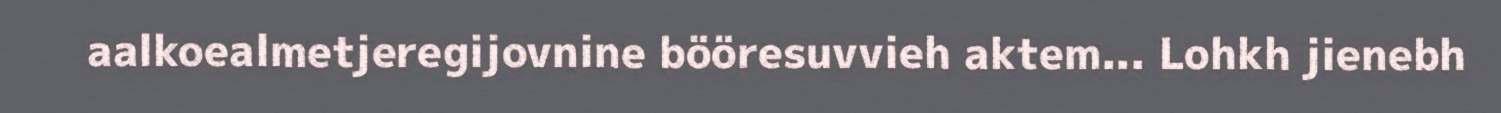
aalkoealmetjeregijovnine bööresuvvieh aktem... Lohkh jienebh